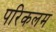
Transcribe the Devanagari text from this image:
परिकलम